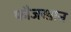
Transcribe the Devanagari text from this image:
फौजखान